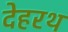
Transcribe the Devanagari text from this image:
देहरथ